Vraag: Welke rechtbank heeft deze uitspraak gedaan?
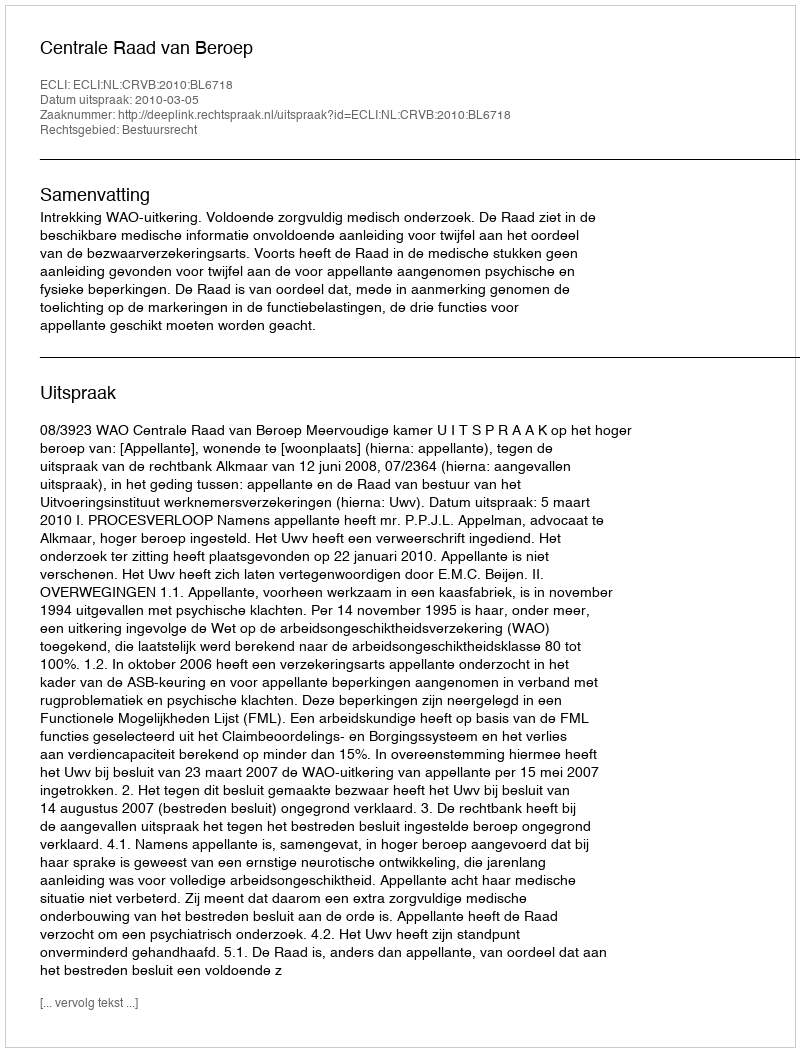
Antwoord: Centrale Raad van Beroep